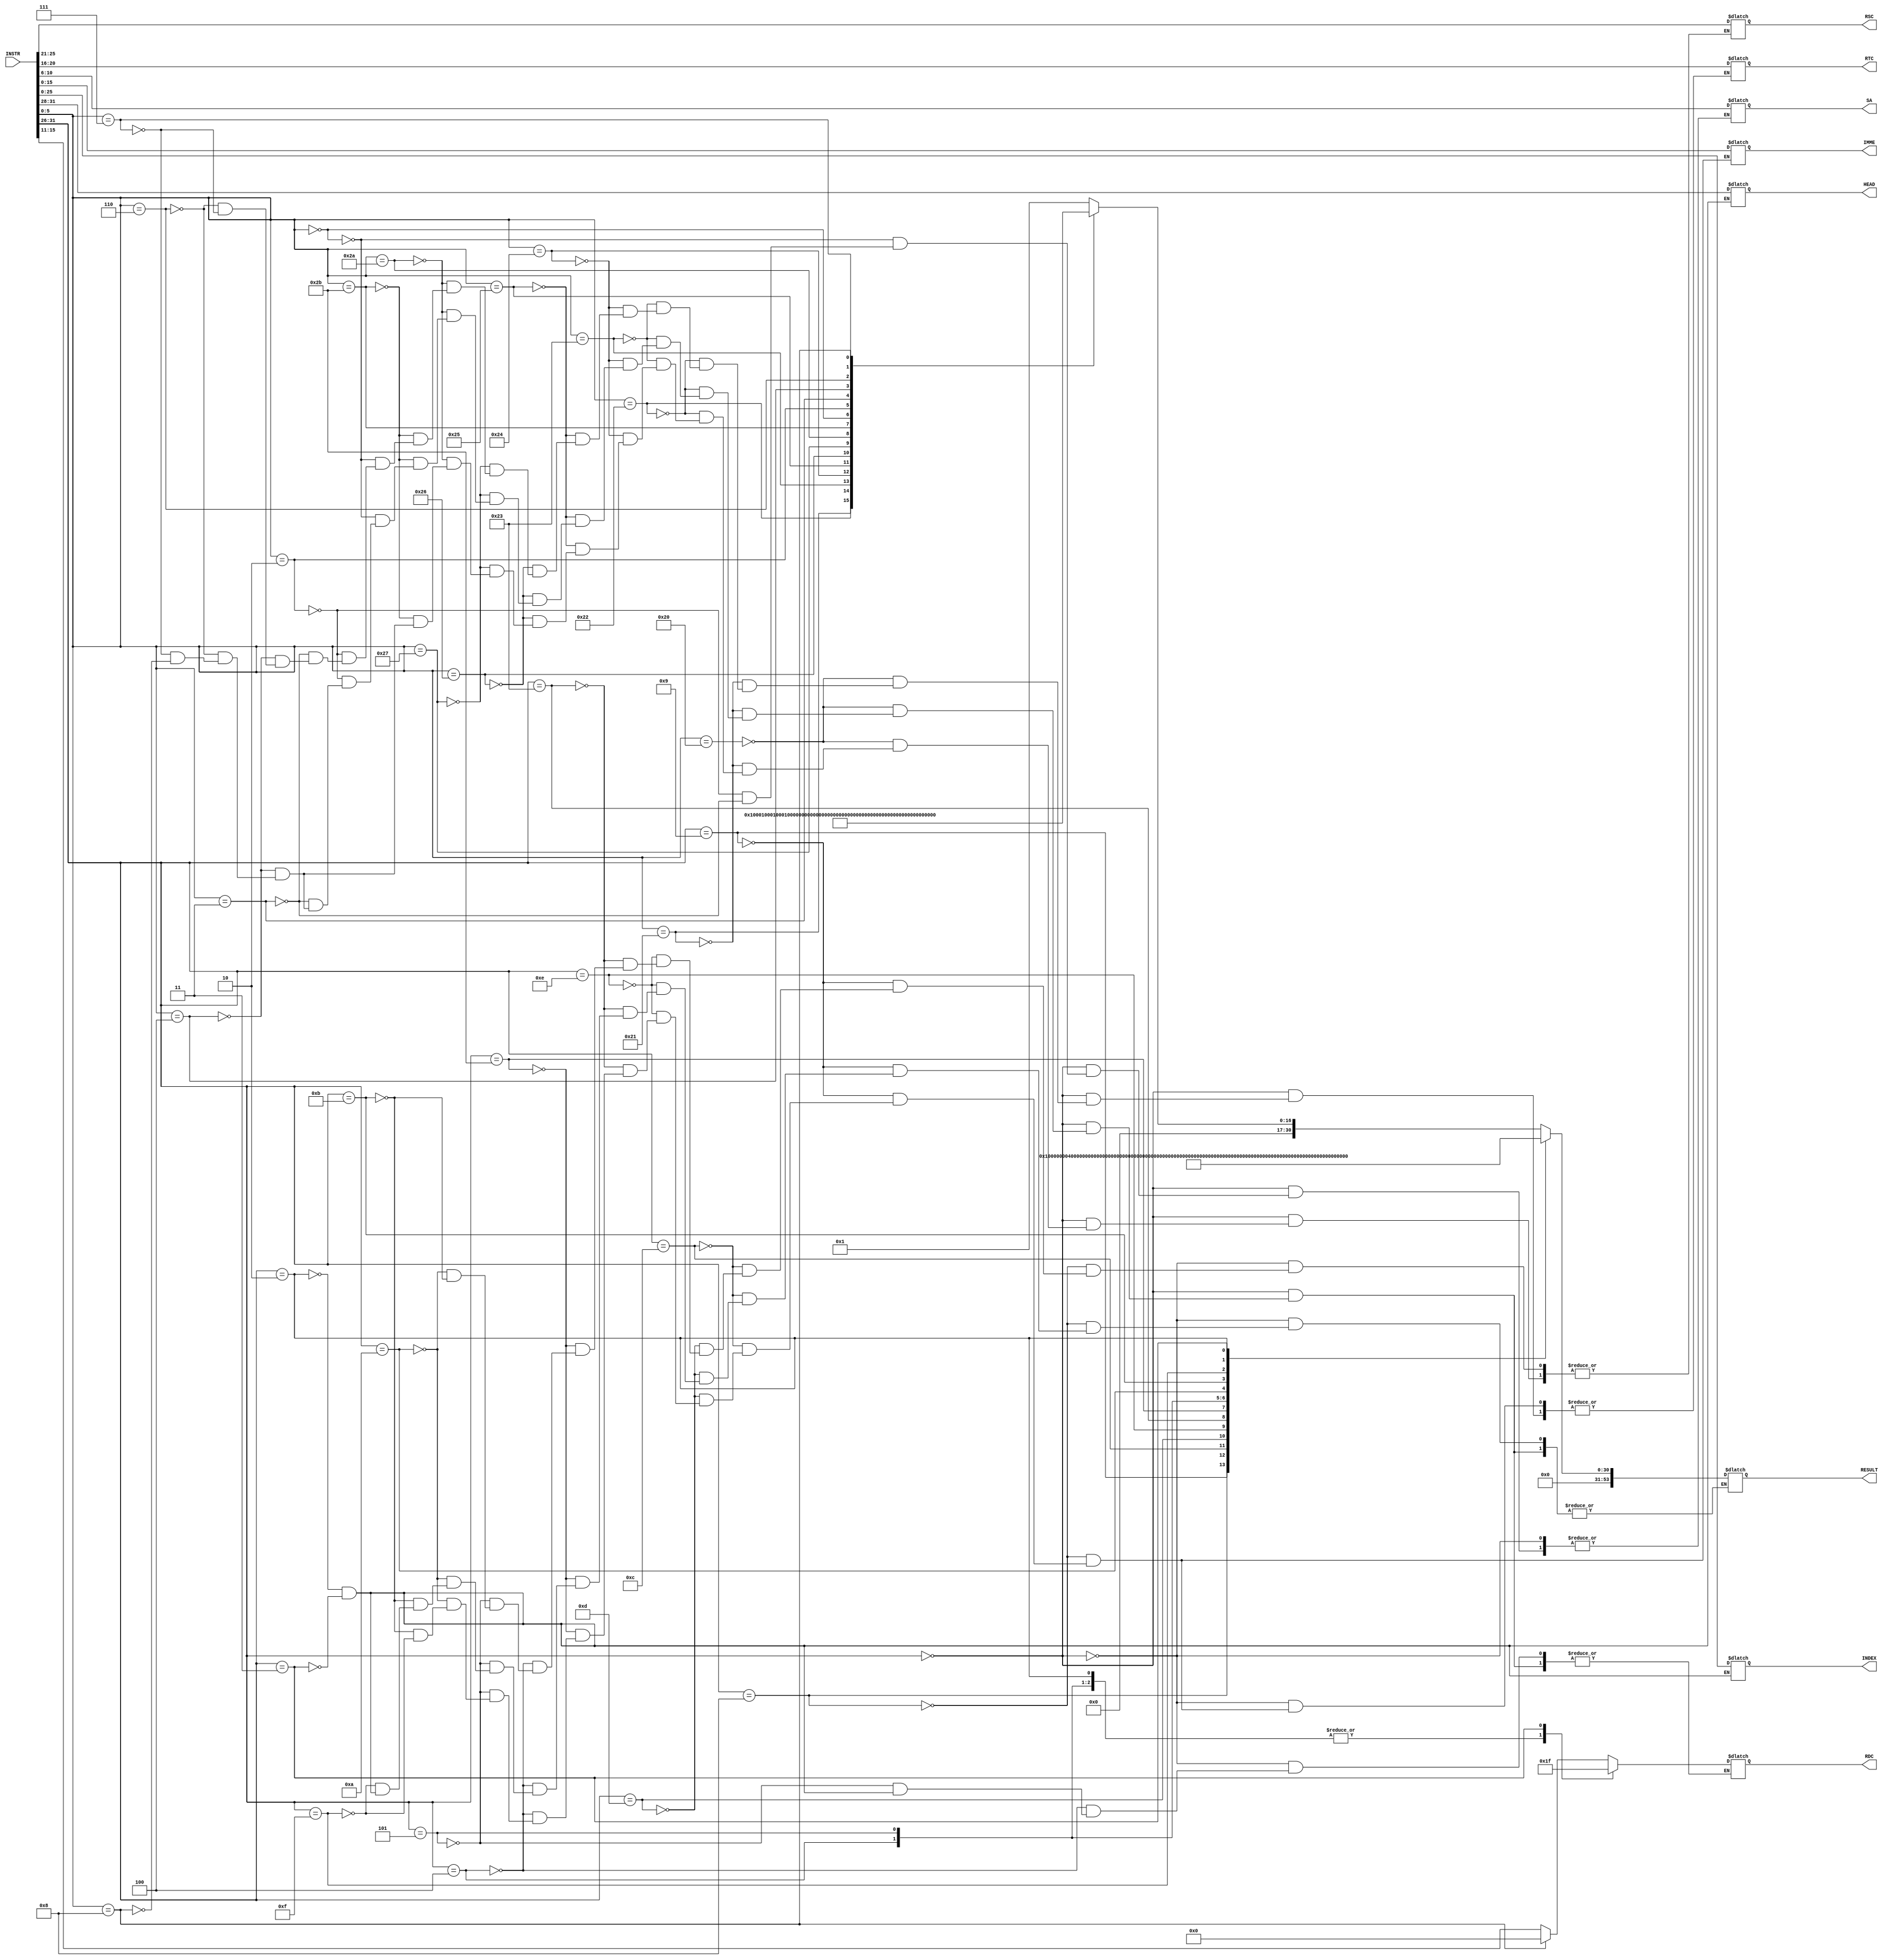
module IR
(
    INSTR,
    RSC,
    RTC,
    RDC,
    SA,
    IMME,
    INDEX,
    HEAD,
    RESULT
);

    input [31:0]INSTR;

    output [4:0]RSC;
    output [4:0]RTC;
    output [4:0]RDC;
    output [4:0]SA;
    output [15:0]IMME;
    output [25:0]INDEX;
    output [3:0]HEAD;
    output [53:0]RESULT;

    reg [4:0]RSC;
    reg [4:0]RTC;
    reg [4:0]RDC;
    reg [4:0]SA;
    reg [15:0]IMME;
    reg [25:0]INDEX;
    reg [3:0]HEAD;
    reg [53:0]RESULT;

    wire [5:0]op;
    wire [5:0]func;
    assign op   = INSTR[31:26];
    assign func = INSTR[5:0];

    parameter ADD   = 54'b000000000000000000000000000000000000000000000000000001;
    parameter ADDU  = 54'b000000000000000000000000000000000000000000000000000010;
    parameter SUB   = 54'b000000000000000000000000000000000000000000000000000100;
    parameter SUBU  = 54'b000000000000000000000000000000000000000000000000001000;
    parameter AND   = 54'b000000000000000000000000000000000000000000000000010000;
    parameter OR    = 54'b000000000000000000000000000000000000000000000000100000;
    parameter XOR   = 54'b000000000000000000000000000000000000000000000001000000;
    parameter NOR   = 54'b000000000000000000000000000000000000000000000010000000;
    parameter SLT   = 54'b000000000000000000000000000000000000000000000100000000;
    parameter SLTU  = 54'b000000000000000000000000000000000000000000001000000000;
    parameter SLL   = 54'b000000000000000000000000000000000000000000010000000000;
    parameter SRL   = 54'b000000000000000000000000000000000000000000100000000000;
    parameter SRA   = 54'b000000000000000000000000000000000000000001000000000000;
    parameter SLLV  = 54'b000000000000000000000000000000000000000010000000000000;
    parameter SRLV  = 54'b000000000000000000000000000000000000000100000000000000;
    parameter SRAV  = 54'b000000000000000000000000000000000000001000000000000000;
    parameter JR    = 54'b000000000000000000000000000000000000010000000000000000;
    parameter ADDI  = 54'b000000000000000000000000000000000000100000000000000000;
    parameter ADDIU = 54'b000000000000000000000000000000000001000000000000000000;
    parameter ANDI  = 54'b000000000000000000000000000000000010000000000000000000;
    parameter ORI   = 54'b000000000000000000000000000000000100000000000000000000;
    parameter XORI  = 54'b000000000000000000000000000000001000000000000000000000;
    parameter LW    = 54'b000000000000000000000000000000010000000000000000000000;
    parameter SW    = 54'b000000000000000000000000000000100000000000000000000000;
    parameter BEQ   = 54'b000000000000000000000000000001000000000000000000000000;
    parameter BNE   = 54'b000000000000000000000000000010000000000000000000000000;
    parameter SLTI  = 54'b000000000000000000000000000100000000000000000000000000;
    parameter SLTIU = 54'b000000000000000000000000001000000000000000000000000000;
    parameter LUI   = 54'b000000000000000000000000010000000000000000000000000000;
    parameter J     = 54'b000000000000000000000000100000000000000000000000000000;
    parameter JAL   = 54'b000000000000000000000001000000000000000000000000000000;
    always @(*) begin
        case(op)
            // R-tye
            6'b0000:begin
                case (func)
                    // ADD
                    6'b100000:begin
                        RESULT = ADD;
                        RSC = INSTR[25:21];
                        RTC = INSTR[20:16];
                        RDC = INSTR[15:11];
                    end 
                    // ADDU
                    6'b100001:begin
                        RESULT = ADDU;
                        RSC = INSTR[25:21];
                        RTC = INSTR[20:16];
                        RDC = INSTR[15:11];
                    end 
                    // SUB
                    6'b100010:begin
                        RESULT = SUB;
                        RSC = INSTR[25:21];
                        RTC = INSTR[20:16];
                        RDC = INSTR[15:11];
                    end 
                    // SUBU
                    6'b100011:begin
                        RESULT = SUBU;
                        RSC = INSTR[25:21];
                        RTC = INSTR[20:16];
                        RDC = INSTR[15:11];
                    end 
                    // AND
                    6'b100100:begin
                        RESULT = AND;
                        RSC = INSTR[25:21];
                        RTC = INSTR[20:16];
                        RDC = INSTR[15:11];
                    end 
                    // OR
                    6'b100101:begin
                        RESULT = OR;
                        RSC = INSTR[25:21];
                        RTC = INSTR[20:16];
                        RDC = INSTR[15:11];
                    end 
                    // XOR
                    6'b100110:begin
                        RESULT = XOR;
                        RSC = INSTR[25:21];
                        RTC = INSTR[20:16];
                        RDC = INSTR[15:11];
                    end 
                    // NOR
                    6'b100111:begin
                        RESULT = NOR;
                        RSC = INSTR[25:21];
                        RTC = INSTR[20:16];
                        RDC = INSTR[15:11];
                    end 
                    // SLT
                    6'b101010:begin
                        RESULT = SLT;
                        RSC = INSTR[25:21];
                        RTC = INSTR[20:16];
                        RDC = INSTR[15:11];
                    end 
                    // SLTU
                    6'b101011:begin
                        RESULT = SLTU;
                        RSC = INSTR[25:21];
                        RTC = INSTR[20:16];
                        RDC = INSTR[15:11];
                    end 
                    // SLL
                    6'b000000:begin
                        RESULT = SLL;
                        RTC = INSTR[20:16];
                        RDC = INSTR[15:11];
                        SA  = INSTR[10:6];
                    end 
                    // SRL
                    6'b000010:begin
                        RESULT = SRL;
                        RTC = INSTR[20:16];
                        RDC = INSTR[15:11];
                        SA  = INSTR[10:6];
                    end 
                    // SRA
                    6'b000011:begin
                        RESULT = SRA;
                        RTC = INSTR[20:16];
                        RDC = INSTR[15:11];
                        SA  = INSTR[10:6];
                    end 
                    // SLLV
                    6'b000100:begin
                        RESULT = SLLV;
                        RSC = INSTR[25:21];
                        RTC = INSTR[20:16];
                        RDC = INSTR[15:11];
                    end 
                    // SRLV
                    6'b000110:begin
                        RESULT = SRLV;
                        RSC = INSTR[25:21];
                        RTC = INSTR[20:16];
                        RDC = INSTR[15:11];
                    end 
                    // SRAV
                    6'b000111:begin
                        RESULT = SRAV;
                        RSC = INSTR[25:21];
                        RTC = INSTR[20:16];
                        RDC = INSTR[15:11];
                    end 
                    // JR
                    6'b001000:begin
                        RESULT = JR;
                        RSC = INSTR[25:21];
                        RDC = 5'b00000;
                    end 
                endcase
            end 
            // ADDI
            6'b001000:begin
                RESULT = ADDI;
                RSC  = INSTR[25:21];
                RTC  = INSTR[20:16];
                IMME = INSTR[15:0];
            end
            // ADDIU
            6'b001001:begin
                RESULT = ADDIU;
                RSC  = INSTR[25:21];
                RTC  = INSTR[20:16];
                IMME = INSTR[15:0];
            end
            // ANDI
            6'b001100:begin
                RESULT = ANDI;
                RSC  = INSTR[25:21];
                RTC  = INSTR[20:16];
                IMME = INSTR[15:0];
            end
            // ORI
            6'b001101:begin
                RESULT = ORI;
                RSC  = INSTR[25:21];
                RTC  = INSTR[20:16];
                IMME = INSTR[15:0];
            end
            // XORI
            6'b001110:begin
                RESULT = XORI;
                RSC  = INSTR[25:21];
                RTC  = INSTR[20:16];
                IMME = INSTR[15:0];
            end
            // LW
            6'b100011:begin
                RESULT = LW;
                RSC  = INSTR[25:21];
                RTC  = INSTR[20:16];
                IMME = INSTR[15:0];
            end
            // SW
            6'b101011:begin
                RESULT = SW;
                RSC  = INSTR[25:21];
                RTC  = INSTR[20:16];
                IMME = INSTR[15:0];
            end
            // BEQ
            6'b000100:begin
                RESULT = BEQ;
                RSC  = INSTR[25:21];
                RTC  = INSTR[20:16];
                RDC  = 5'b00000;
                IMME = INSTR[15:0];
            end
            // BNE
            6'b000101:begin
                RESULT = BNE;
                RSC  = INSTR[25:21];
                RTC  = INSTR[20:16];
                RDC  = 5'b00000;
                IMME = INSTR[15:0];
            end
            // SLTI
            6'b001010:begin
                RESULT = SLTI;
                RSC  = INSTR[25:21];
                RTC  = INSTR[20:16];
                IMME = INSTR[15:0];
            end
            // SLTIU
            6'b001011:begin
                RESULT = SLTIU;
                RSC  = INSTR[25:21];
                RTC  = INSTR[20:16];
                IMME = INSTR[15:0];
            end
            // LUI
            6'b001111:begin
                RESULT = LUI;
                RTC  = INSTR[20:16];
                IMME = INSTR[15:0];
            end
            // J
            6'b000010:begin
                RESULT = J;
                INDEX = INSTR[25:0];
                HEAD  = INSTR[31:28];
                RDC   = 5'b00000;
            end
            //JAL
            6'b000011:begin
                RESULT = JAL;
                INDEX = INSTR[25:0];
                RDC   = 5'b11111;
                HEAD  = INSTR[31:28];
            end
        endcase
    end
endmodule